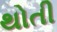
થોતી